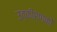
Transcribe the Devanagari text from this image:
उत्‍कीर्णकों